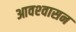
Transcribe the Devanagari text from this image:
आवश्‍वासन